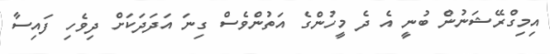
އިމިގްރޭޝަނުން ބުނީ އެ ދެ މީހުންގެ އަތުންވެސް ގިނަ އަދަދަކަށް ދިވެހި ފައިސާ